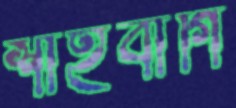
শাহবাগি